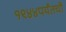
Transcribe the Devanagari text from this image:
१९४४पर्यंतची